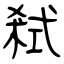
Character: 弒